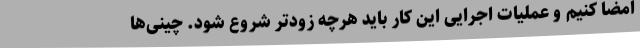
امضا کنیم و عملیات اجرایی این کار باید هرچه زودتر شروع شود. چینی‌ها